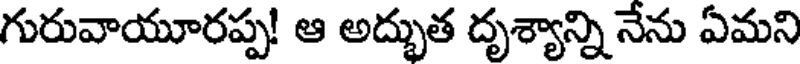
గురువాయూరప్ప! ఆ అద్భుత దృశ్యాన్ని నేను ఏమని